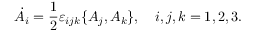
\dot { A } _ { i } = \frac { 1 } { 2 } \varepsilon _ { i j k } \{ A _ { j } , A _ { k } \} , \quad i , j , k = 1 , 2 , 3 .